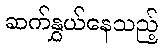
ဆက်နွှယ်နေသည့်